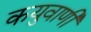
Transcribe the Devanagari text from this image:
कयुवाणी